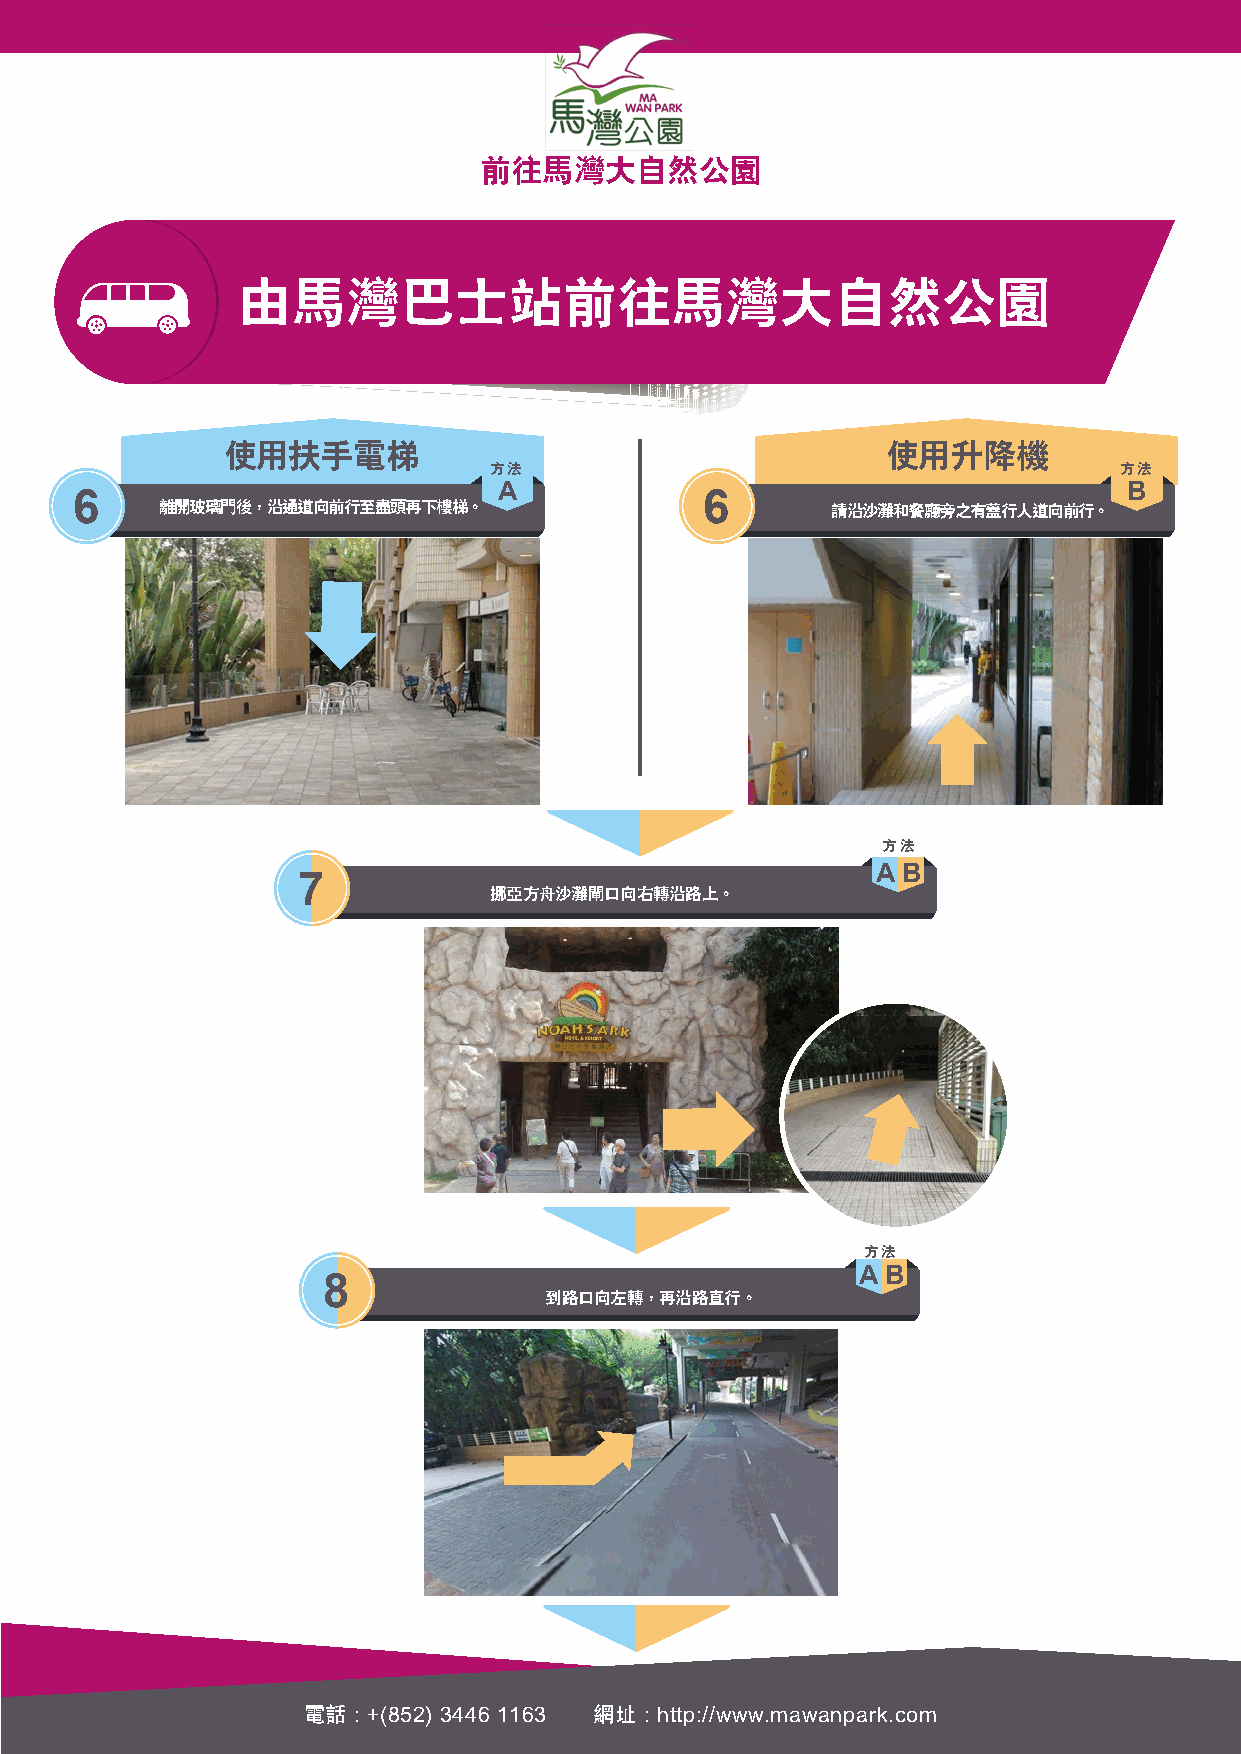
前往馬灣大自然公園
 由馬灣巴士站前往馬灣大自然公園
 使用扶手電梯                                      使用升降機
 方法                                        方法
 A                                         B
 6                                         6
 離開玻璃門後，沿通道向前行至盡頭再下樓梯。                        請沿沙灘和餐廳旁之有蓋行人道向前行。
 方法
 A B
 7
 挪亞方舟沙灘閘口向右轉沿路上。
 方法
 A B
 8
 到路口向左轉，再沿路直行。
 電話 : +(852) 3446 1163 網址 : http://www.mawanpark.com